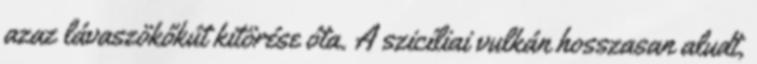
azaz lávaszökőkút kitörése óta. A szicíliai vulkán hosszasan aludt,